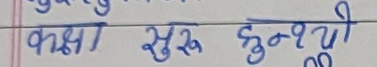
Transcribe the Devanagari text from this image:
कक्षा सुरु हुन्थ्यो